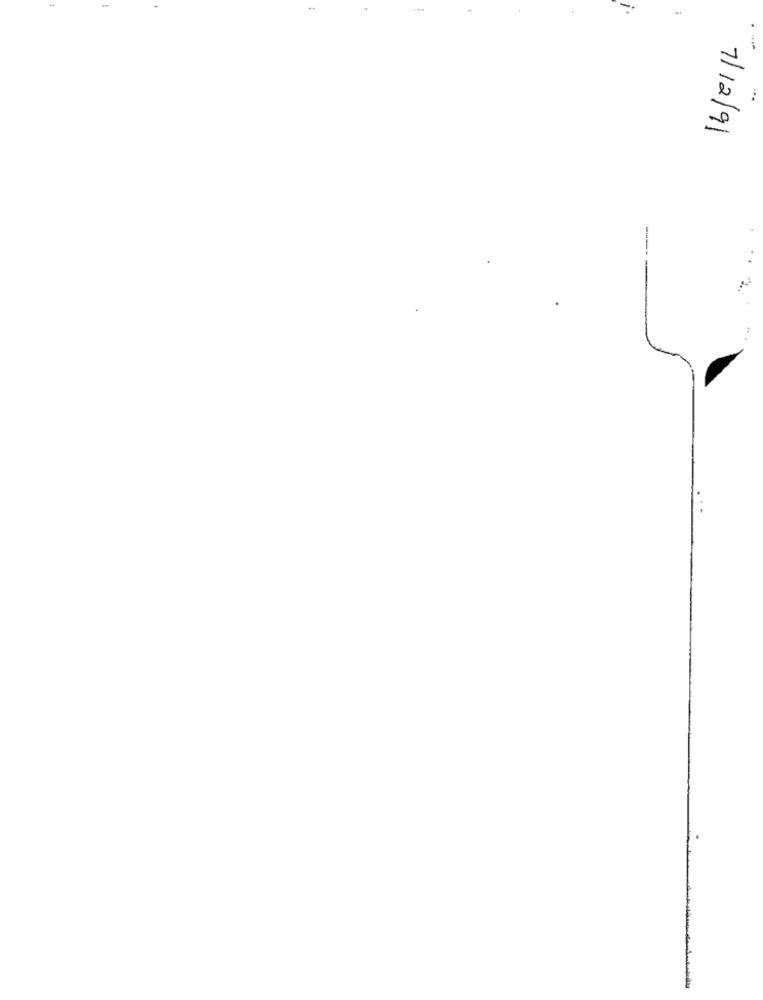
. ...
...
7/12/91